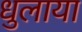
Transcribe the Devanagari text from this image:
धुलाया